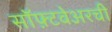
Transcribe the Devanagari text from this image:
सॉफ़्टवेअरची